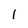
Character: I